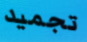
تجميد